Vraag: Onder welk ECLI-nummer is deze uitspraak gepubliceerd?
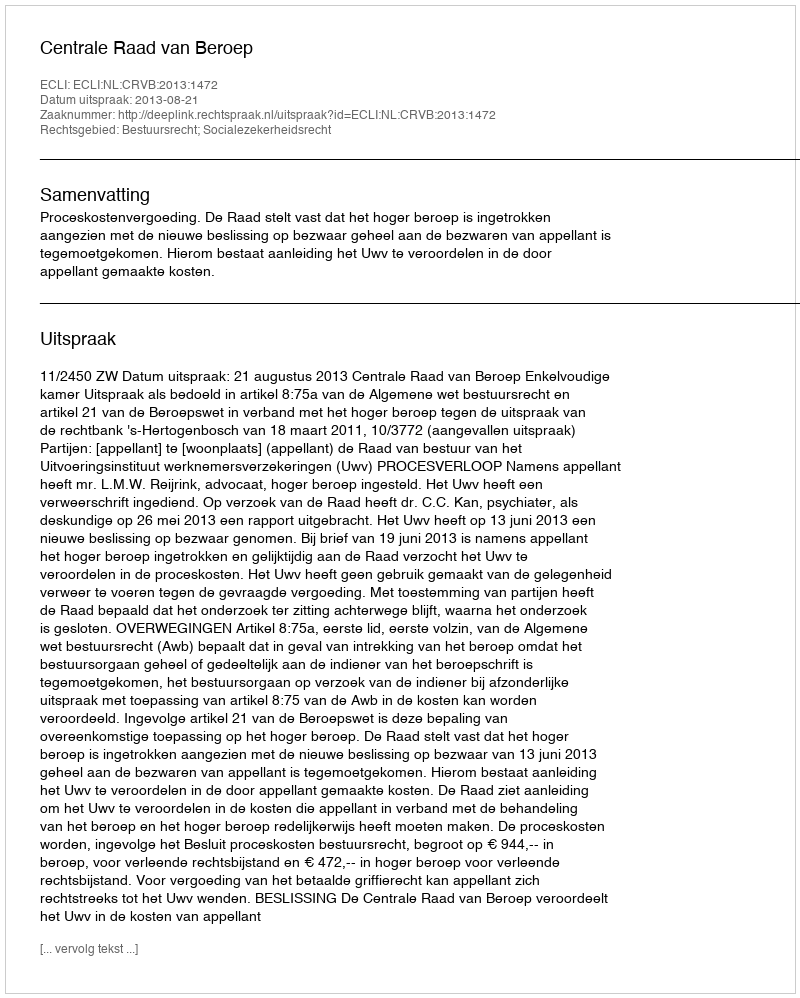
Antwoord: ECLI:NL:CRVB:2013:1472